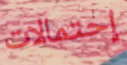
إحتمالات